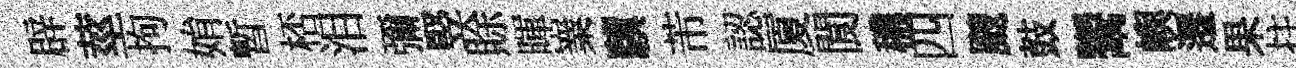
辟莖拘姢暫桮泪彌竪賖暉嶪驥芾認厦閬穠四颼鼓鬻嶼遷果拄